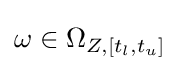
\omega \in \Omega _{Z,[t_{l},t_{u}]}